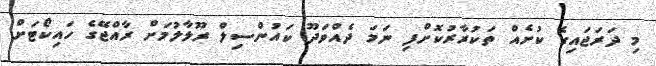
މި ދަރަޖައިގެ ކުށެއް ތަކުރާރުކޮށްފި ނަމަ ދެއްވަދޫ ކައުންސިލް ރޫޅާލުމަށް ރާއްޖޭގެ ހައިކޯޓަށް